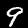
Label: 9